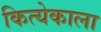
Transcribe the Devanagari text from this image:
कित्येकाला